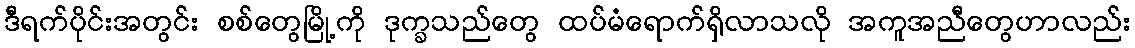
ဒီရက်ပိုင်းအတွင်း စစ်တွေမြို့ကို ဒုက္ခသည်တွေ ထပ်မံရောက်ရှိလာသလို အကူအညီတွေဟာလည်း